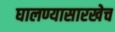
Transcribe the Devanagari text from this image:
घालण्यासारखेच